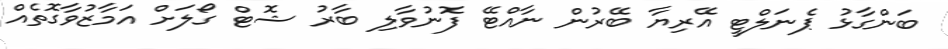
ބަންގާޅު ޕެނަލްޓީ އޭރިޔާ ބޭރުން ނާއްޓޭ ފޮނުވާލި ބާރު ޝޮޓް ގޯލަށް އަމާޒުވާގޮތެއް